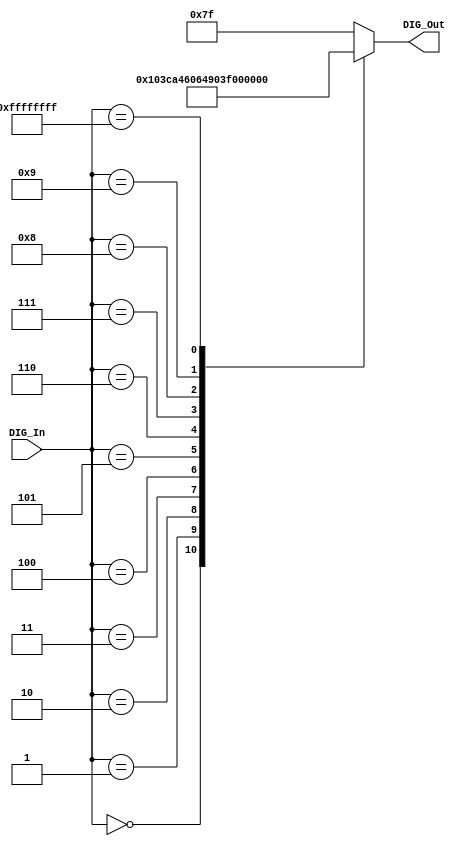
module CharToHex(DIG_In,DIG_Out);
    input integer DIG_In;    // MSB D, C, B, A LSB
    output reg [6:0] DIG_Out;   // MSB dp, g, f, e, d, c, b, a LSB
	 always @* begin
    case( DIG_In )
        0:          DIG_Out <= 7'b1000000;    // 0
        1:          DIG_Out <= 7'b1111001;    // 1
        2:          DIG_Out <= 7'b0100100;    // 2
        3:          DIG_Out <= 7'b0110000;    // 3
        4:          DIG_Out <= 7'b0011001;    // 4
        5:          DIG_Out <= 7'b0010010;    // 5
        6:          DIG_Out <= 7'b0000011;    // 6
        7:          DIG_Out <= 7'b1111000;    // 7
        8:          DIG_Out <= 7'b0000000;    // 8
        9:          DIG_Out <= 7'b0010000;    // 9
        -1:         DIG_Out <= 7'b0111111;    // dp
        default:    DIG_Out <= 7'b1111111;    // off
     endcase
	  end
endmodule